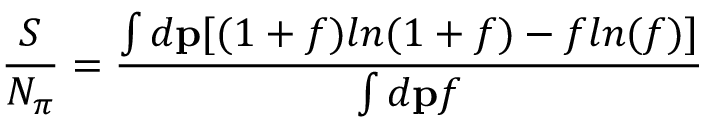
\frac { S } { N _ { \pi } } = \frac { \int d { \bf p } [ ( 1 + f ) l n ( 1 + f ) - f l n ( f ) ] } { \int d { \bf p } f }